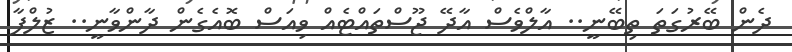
ދެން ބޭރުގަތަ ތިބޭނީ.. އާލްވެސް އާދޭ ޖޫސްތައްޓެއް ވިއަސް ބޮއެގެން ދާންވާނީ.. ޒުލްފާ